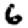
Digit: 6